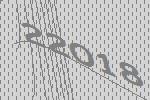
22018